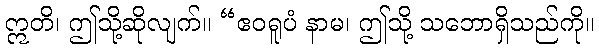
ဣတိ၊ ဤသို့ဆိုလျက်။ “ဧဝရူပံ နာမ၊ ဤသို့ သဘောရှိသည်ကို။